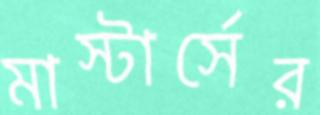
মাস্টার্সের